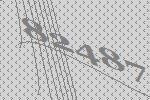
82487